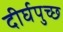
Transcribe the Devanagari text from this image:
दीर्घपुच्छ